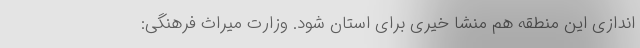
اندازی این منطقه هم منشا خیری برای استان شود. وزارت میراث فرهنگی: